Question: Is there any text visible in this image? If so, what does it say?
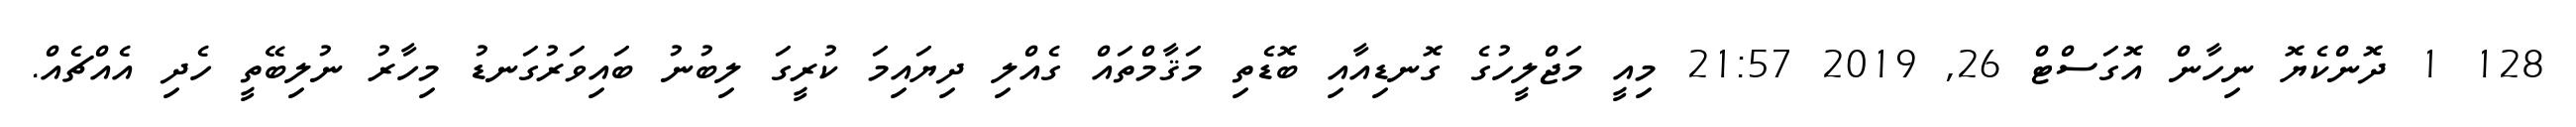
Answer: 128 1 ދޮންކެޔޮ ނިހާން އޮގަސްޓް 26, 2019 21:57 މިއީ މަޖްލީހުގެ ގޮނޑިއާއި ބޮޑެތި މަޤާމްތައް ގެއްލި ދިޔައިމަ ކުރީގަ ލިބުނު ބައިވަރުގަނޑު މިހާރު ނުލިބޭތީ ހެދި އެއްޗެއް.